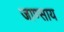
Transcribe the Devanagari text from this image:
जाण्साय